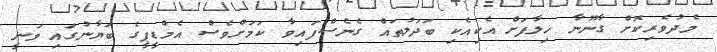
މެދުވެރިކޮށް ގާނޫނާ ހިލާފަށް އެކިއެކި ބަދަލުތައް ގެނެސްފައިވާ ކަމަށްވެސް އެމްޑީޕީގެ ބަޔާނުގައި ވަނީ